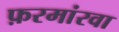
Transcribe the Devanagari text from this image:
फ़रमांरवा